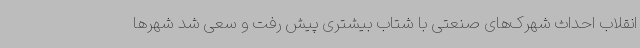
انقلاب احداث شهرک‌های صنعتی با شتاب بیشتری پیش رفت و سعی شد شهرها